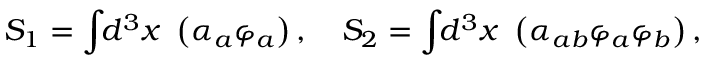
S _ { 1 } = \int \! \! d ^ { 3 } x ~ \left( \alpha _ { a } \varphi _ { a } \right) , \quad S _ { 2 } = \int \! \! d ^ { 3 } x ~ \left( \alpha _ { a b } \varphi _ { a } \varphi _ { b } \right) ,